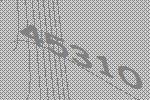
45310